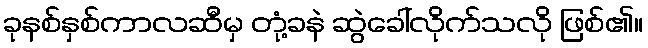
ခုနစ်နှစ်ကာလဆီမှ တုံ့ခနဲ ဆွဲခေါ်လိုက်သလို ဖြစ်၏။